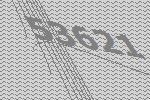
53621